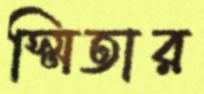
স্মিতার